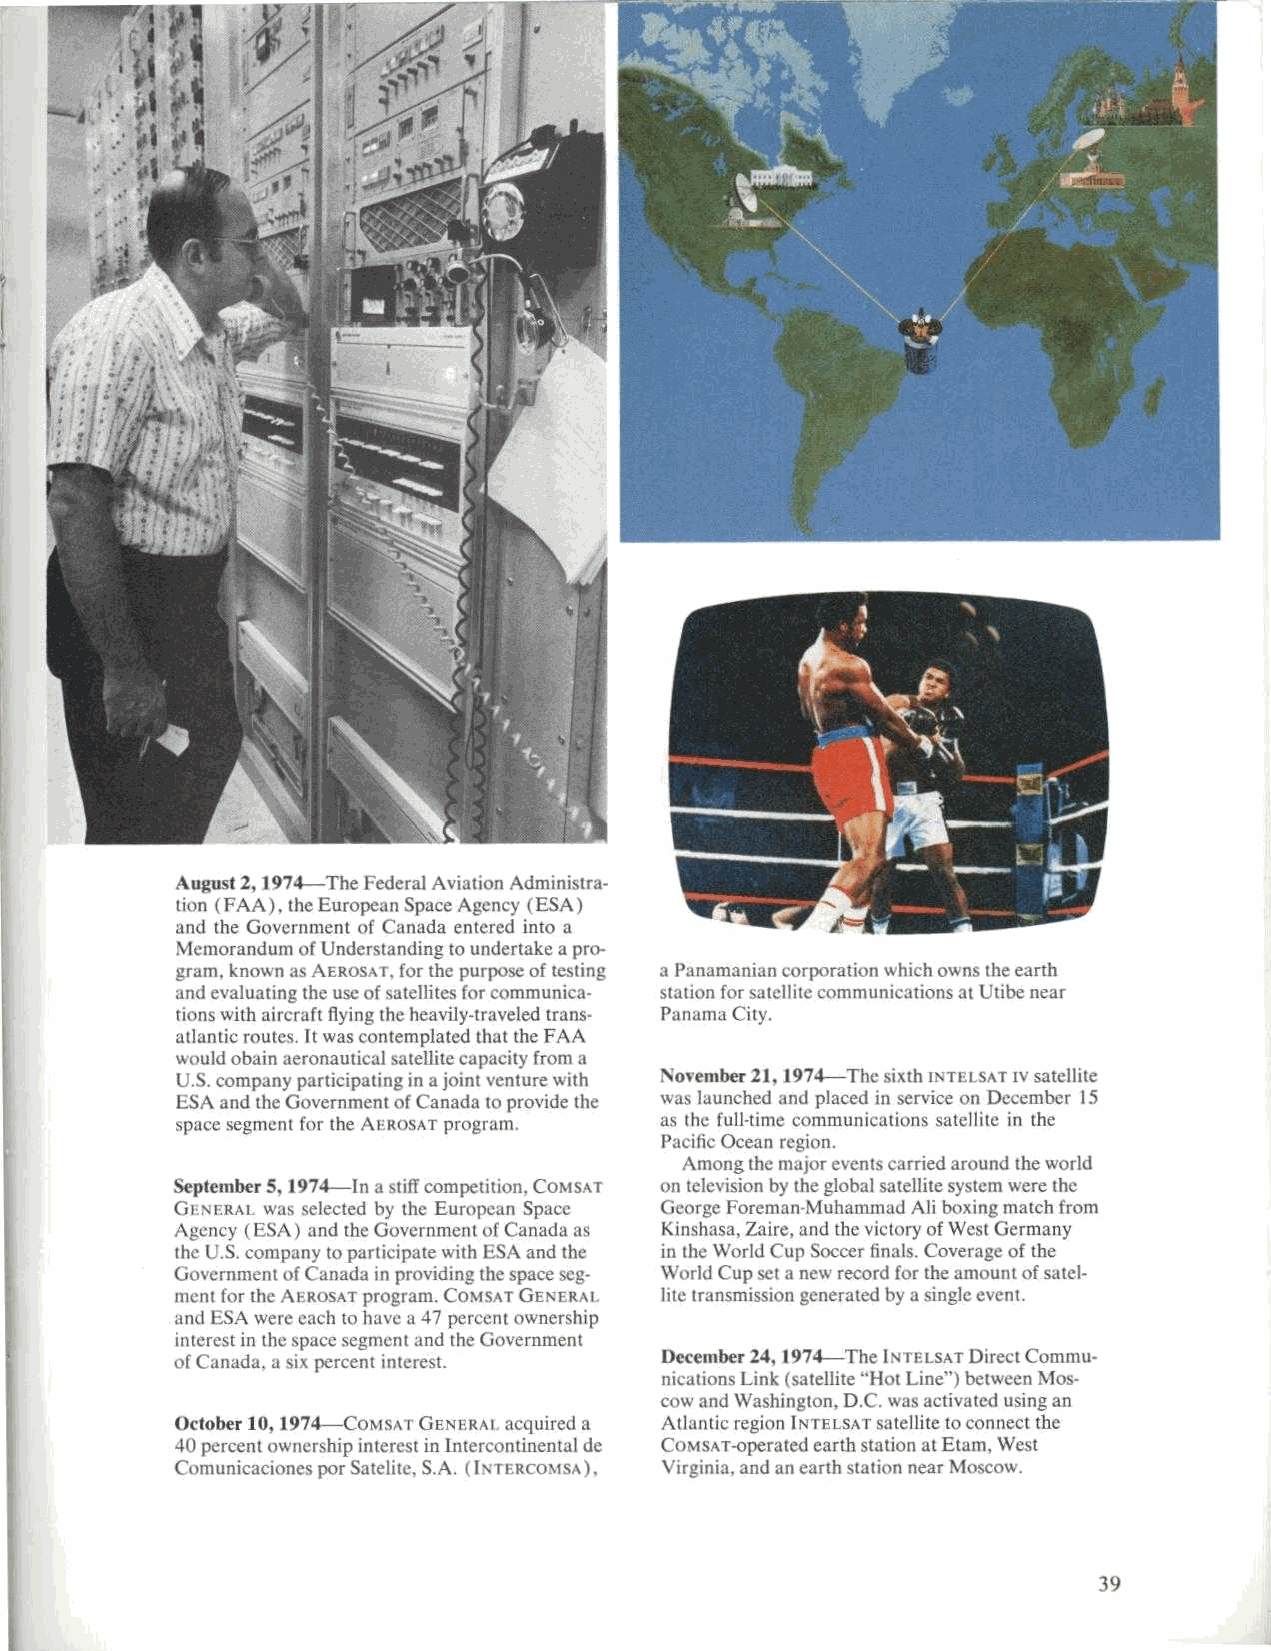
August 2, 1974-The Federal Aviation Administra-
 tion (FAA). the European Space Agency (ESA)
 and the Government of Canada entered into a
 Memorandum of Understanding to undertake a pro-
 gram, known as AEROSAT, for the purpose of testing a Panamanian corporation which owns the earth
 and evaluating the use of satellites for communica- station for satellite communications at Utibe near
 tions with aircraft flying the heavily-traveled trans- Panama City.
 atlantic routes. It was contemplated that the FAA
 would obain aeronautical satellite capacity from a
 U.S. company participating in a joint venture with November 21, 1974-The sixth INTELSAT iv satellite
 ESA and the Government of Canada to provide the was launched and placed in service on December 15
 space segment for the AEROSAT program. as the full-time communications satellite in the
 Pacific Ocean region.
 Among the major events carried around the world
 September5. 1974-In a stiff competition, COMSAT on television by the global satellite system were the
 GENERAL was selected by the European Space George Foreman-Muhammad Ali boxing match from
 Agency (ESA) and the Government of Canada as Kinshasa, Zaire. and the victory of West Germany
 the U.S. company to participate with ESA and the in the World Cup Soccer finals. Coverage of the
 Government of Canada in providing the space seg- World Cup set a new record for the amount of satel-
 ment for the AEROSAT program. COMSAT GENERAL lite transmission generated by a single event.
 and ESA were each to have it 47 percent ownership
 interest in the space segment and the Government
 of Canada. a six percent interest. December 24, 1974-The INTELSAT Direct Commu-
 nications Link (satellite "Hot Line") between Mos-
 cow and Washington, D.C. was activated using an
 October 10, 1974-COMSAT GENERAL acquired a Atlantic region INTELSAT satellite to connect the
 40 percent ownership interest in Intercontinental de COMSAT-operated earth station at Etam, West
 Comunicaciones por Satelite. S.A. (INTERCOM SA). Virginia. and an earth station near Moscow.
 39